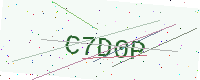
Text: C7D0P